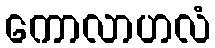
ကောလာဟလံ